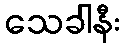
သေခါနီး